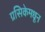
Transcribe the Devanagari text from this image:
ग्रसिकेमधून